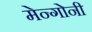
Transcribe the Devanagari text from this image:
मेन्गोनी